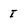
Character: I